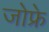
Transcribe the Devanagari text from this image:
जोफ्रे